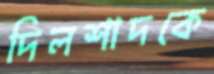
দিলশাদকে